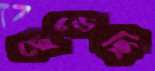
ছেড়েছি